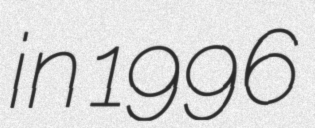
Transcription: in 1996